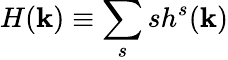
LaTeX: H({\mathbf k})\equiv\sum_{s}sh^{s}({\mathbf k})